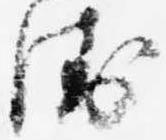
衛